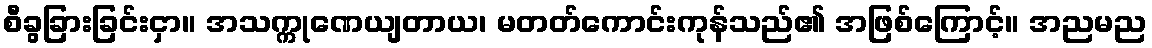
စီခွခြားခြင်းငှာ။ အသက္ကုဏေယျတာယ၊ မတတ်ကောင်းကုန်သည်၏ အဖြစ်ကြောင့်။ အညမည